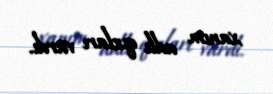
xanım adlı qızları vardı.